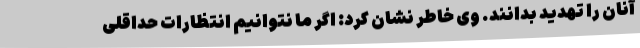
آنان را تهدید بدانند. وی خاطر نشان کرد: اگر ما نتوانیم انتظارات حداقلی